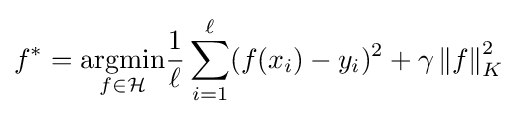
f^{*}={\underset {f\in {\mathcal {H}}}{\arg \!\min }}{\frac {1}{\ell }}\sum _{i=1}^{\ell }(f(x_{i})-y_{i})^{2}+\gamma \left\|f\right\|_{K}^{2}